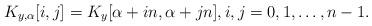
LaTeX: \begin{align*}K_{y,\alpha}[i, j] = K_y[\alpha + i n, \alpha + j n], i,j=0,1,\ldots,n-1.\end{align*}